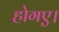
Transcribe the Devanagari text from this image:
होगए।